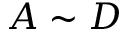
A \sim D